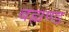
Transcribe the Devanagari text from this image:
बह्मण्ड